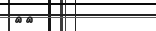
٣٤